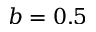
b = 0 . 5